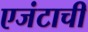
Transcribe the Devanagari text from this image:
एजंटाची